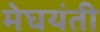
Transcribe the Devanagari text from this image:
मेघयंती